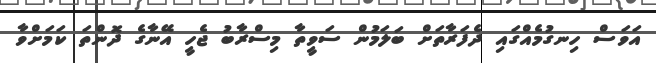
އަވަސް ހިނގުމެއްގައި ދެފަރާތަށް ބަލަމުން ސަވީތާ މިސްރާބު ޖެހީ އޭނާގެ ދޮންތަ ކަމަށްވާ